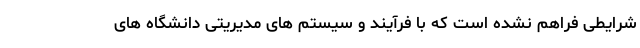
شرایطی فراهم نشده است که با فرآیند و سیستم های مدیریتی دانشگاه های